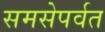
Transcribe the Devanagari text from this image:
समसेपर्वत